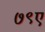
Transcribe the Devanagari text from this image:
७९ए